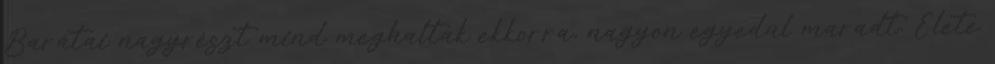
Barátai nagyrészt mind meghaltak ekkorra, nagyon egyedül maradt. Élete